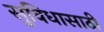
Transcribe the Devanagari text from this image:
सुविधासाठी